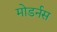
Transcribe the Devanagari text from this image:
मोडर्नस